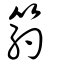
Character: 箹